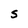
Character: S